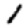
Digit: 1